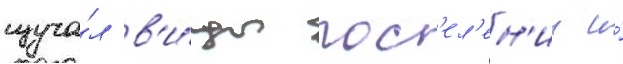
изуча́л в'и́ды пос'ел'ен'ии и́